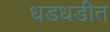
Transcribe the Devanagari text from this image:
धडधडीत